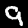
Digit: 9